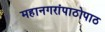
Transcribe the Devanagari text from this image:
महानगरांपाठोपाठ